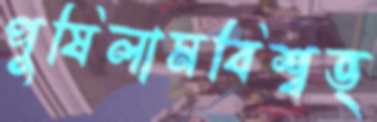
পুষিলামবিশ্বভ্